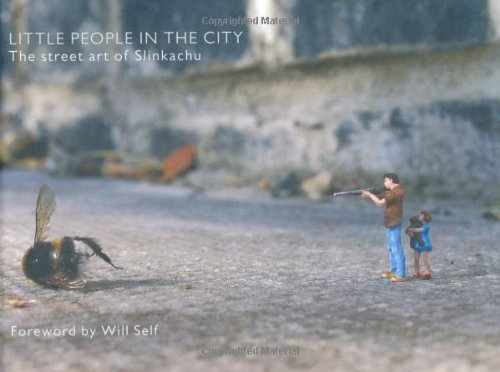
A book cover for Little People in the City: The Street Art of Slinkachu; Arts & Photography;